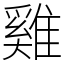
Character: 雞